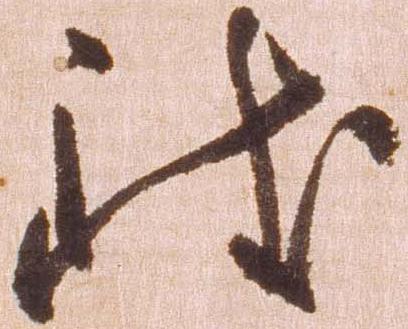
致